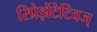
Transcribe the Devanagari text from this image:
रिप्रेझेंटेटिवज्